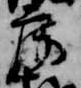
房